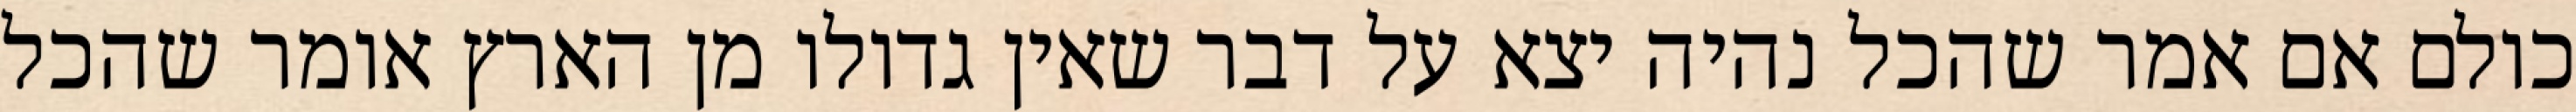
כולם אם אמר שהכל נהיה יצא על דבר שאין גדולו מן הארץ אומר שהכל